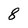
Character: 8